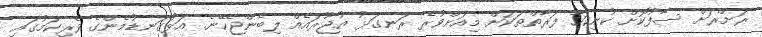
ރަށްރަށް ސާފުކޮށް ކުނިކަހާ ފަރާތްތަކަށް މިއަށްވުރެ ރަނގަޅު އުޖޫރައެއް ލިބެންޖެހޭނެ. އަޅުގަނޑުމެންގެ ވެރިކަމުގައި